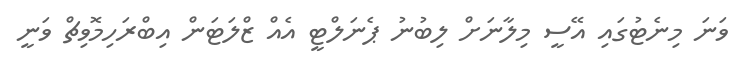
ވަނަ މިނެޓުގައި އޭސީ މިލާނަށް ލިބުނު ޕެނަލްޓީ އެއް ޒްލަޓަން އިބްރަހިމޮވިޗް ވަނީ